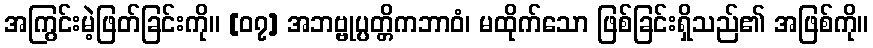
အကြွင်းမဲ့ဖြတ်ခြင်းကို။ [၀၇] အဘဗ္ဗုပ္ပတ္တိကဘာဝံ၊ မထိုက်သော ဖြစ်ခြင်းရှိသည်၏ အဖြစ်ကို။